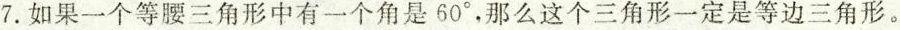
7.如果一个等腰三角形中有一个角是60°，那么这个三角形一定是等边三角形。